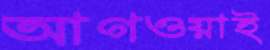
আগওয়াই